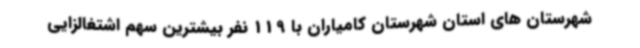
شهرستان های استان شهرستان کامیاران با 119 نفر بیشترین سهم اشتغالزایی